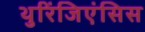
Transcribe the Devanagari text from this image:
थुरिंजिएंसिस